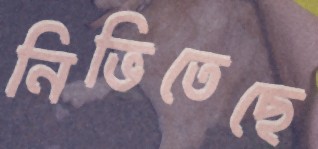
নিভিতেছে